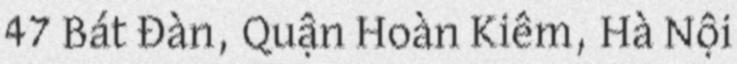
47 Bát Đàn, Quận Hoàn Kiếm, Hà Nội